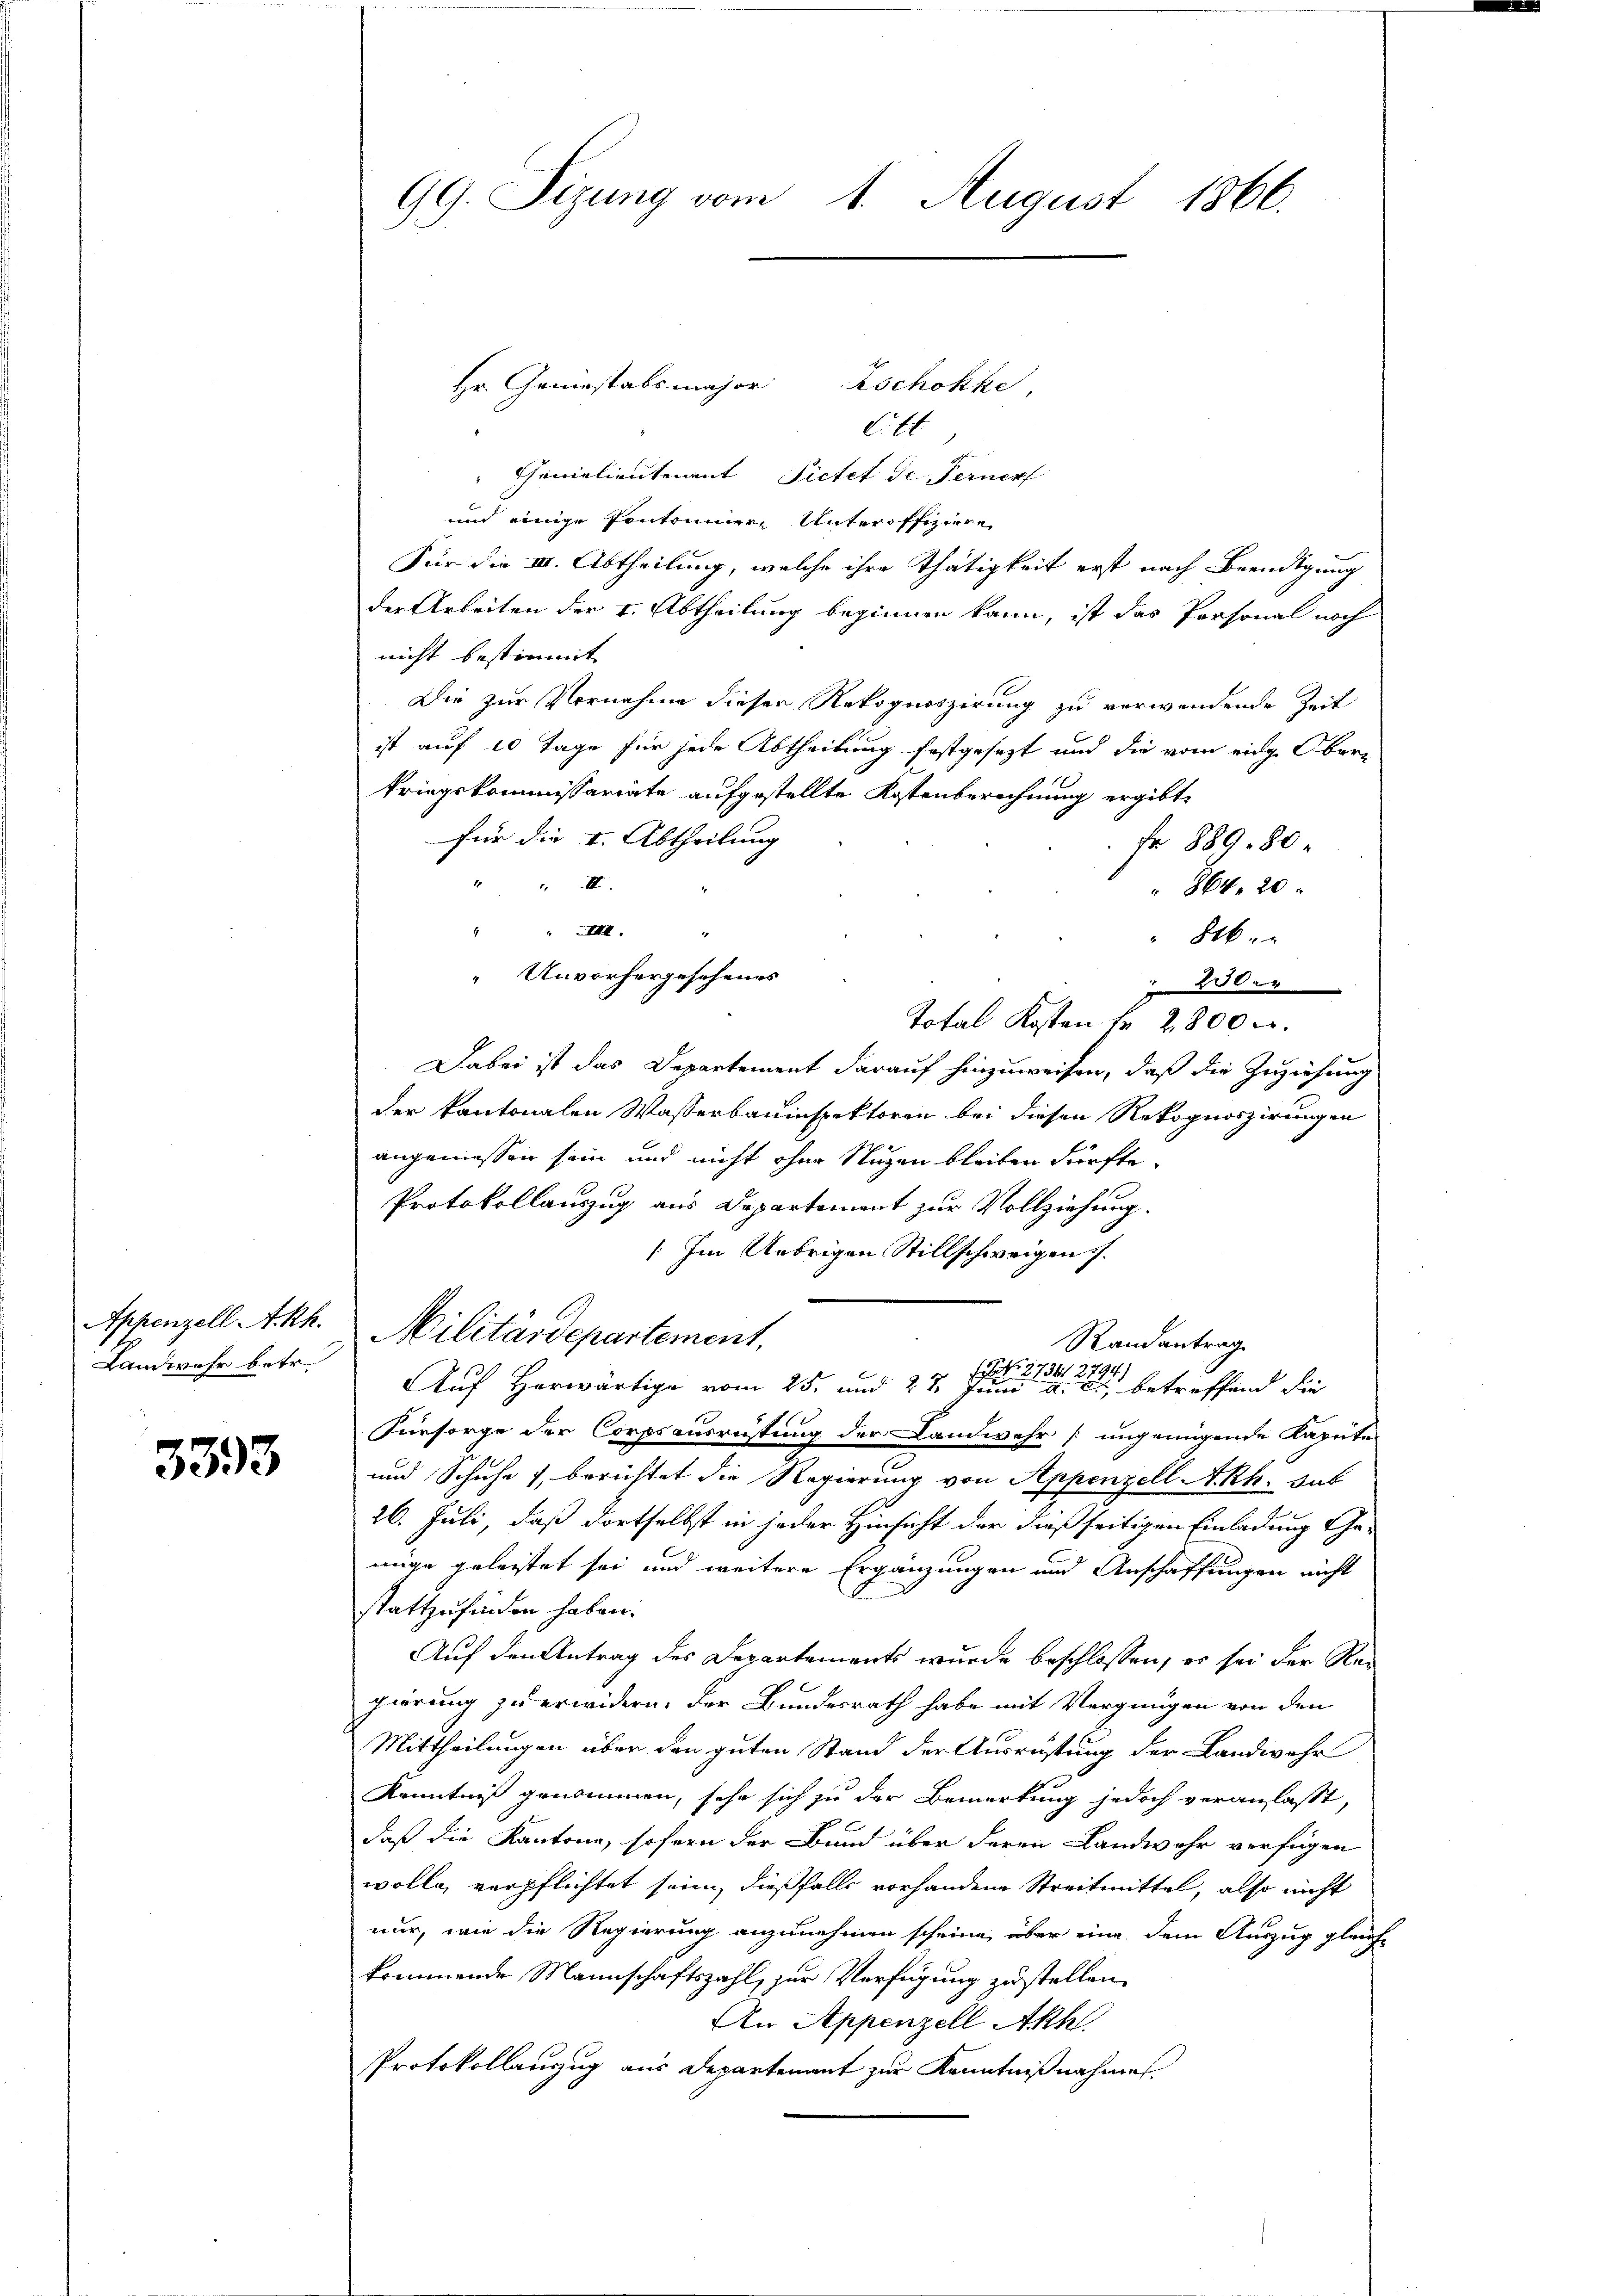
Landwehr betr.

3393

Hr. Geniestabsmajor Zschokke,
C.t
" Schanielieutenant Pietet de Fernes
und einige Pontoniere Unteroffiziere
Für die III. Abtheilung, welche ihre Thätigkeit erst nach Beendigung
der Arbeiten der 4. Abtheilung beginnen kann, ist das Personal noch
nicht bestimmt
Die zur Vornahme dieser Rekognoszirung zu verwendende Zeit
ist auf 10 Tage für jede Abtheilung festgesezt und die vom eidge Oberkriegskommissariate aufgestellte Kostenberechnung ergibt,
für die I. Abtheilung
fr 889. 80
III.
864. 20
 XIII.
1
b
" Unvorhergesehenes
20er
Total Kosten Nr. 2800 c.
Dabei ist das Departement darauf hinzuweisen, daß die Zuziehung
der kantonalen Wasserbauinspektoren bei diesen Rekognoszirungen
angemessen sein und nicht ohne Nuzen bleiben dürfte.
Protokollauszug aus Departement zur Vollziehung.
: Im Uebrigen Stillschweigen.
Appenzell Akh. Militärdepartement,
Randantrag
 27341 2794.
Auf Herwärtige vom 25. und 27 Juni a. betreffend die
Fürsorge der Corpsausrüstung der Landwehr ungenügende Kapite
und Schuhe, berichtet die Regierung von Appenzell A.Rh. sub
26. Juli, daß dortselbst in jeder Hinsicht der dießseitigen Einladung Genige geleistet sei und weitere Ergänzungen und Anschaffungen nicht
stattzufinden haben.
Auf den Antrag des Departements wurde beschlossen, es sei der Rei
pierung zu erwidern, der Bundesrath habe mit Vergnügen von den
Mittheilungen über den guten Stand der Ausrüstung der Landwehr
Kenntniß genommen, sehr sich zu der Bemerkung jedoch veranlasst,
daß die Kantone, sofern der Bund über deren Landwehr verfügen
wolle, verpflichtet seien, dießfalls vorhandene Streitmittel, also nicht
nur, wie die Regierung anzunehmen scheine, über eine dem Auszug gleichkommende Mannschaftszahl, zur Verfügung zustellen.
An Appenzell Akh.
Protokollanzug aus Departement zur Kenntnißnahmet.

GG. Sizung vom 1. August 1866.